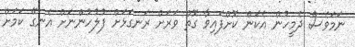
ނަމަވެސް ދެމީހުން އެކަން ކޮށްފައިވާ ގޮތް ވަރަށް ރަނގަޅަށް ފުލުހުންނަށް އެނގޭ ކަމަށް